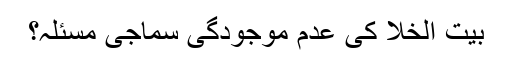
بیت الخلا کی عدم موجودگی سماجی مسئلہ؟